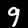
Digit: 9